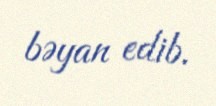
bəyan edib.